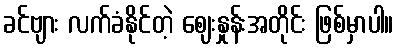
ခင်ဗျား လက်ခံနိုင်တဲ့ ဈေးနှုန်းအတိုင်း ဖြစ်မှာပါ။